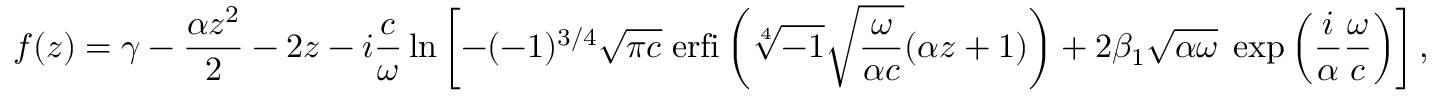
f ( z ) = \gamma - \frac { \alpha z ^ { 2 } } { 2 } - 2 z - i \frac { c } { \omega } \ln \left[ - ( - 1 ) ^ { 3 / 4 } \sqrt { \pi c } \; \mathrm { e r f i } \left( \sqrt [ 4 ] { - 1 } \sqrt { \frac { \omega } { \alpha c } } ( \alpha z + 1 ) \right) + 2 \beta _ { 1 } \sqrt { \alpha \omega } \; \exp \left( \frac { i } { \alpha } \frac { \omega } { c } \right) \right] ,